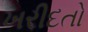
ખરીદતો